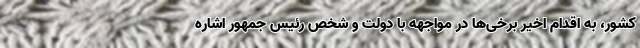
کشور، به اقدام اخیر برخی‌ها در مواجهه با دولت و شخص رئیس جمهور اشاره